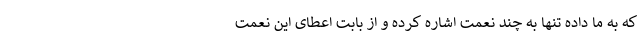
که به ما داده تنها به چند نعمت اشاره کرده و از بابت اعطای این نعمت